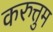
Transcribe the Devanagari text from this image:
करुत्तुम